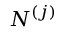
N ^ { ( j ) }